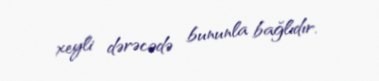
xeyli dərəcədə bununla bağlıdır.